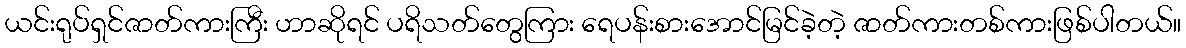
ယင်းရုပ်ရှင်ဇာတ်ကားကြီး ဟာဆိုရင် ပရိသတ်တွေကြား ရေပန်းစားအောင်မြင်ခဲ့တဲ့ ဇာတ်ကားတစ်ကားဖြစ်ပါတယ်။